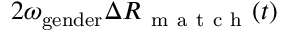
2 \omega _ { \mathrm { g e n d e r } } \Delta R _ { \mathrm { ~ m ~ a ~ t ~ c ~ h ~ } } ( t )